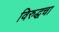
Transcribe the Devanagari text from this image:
विरुद्धचा